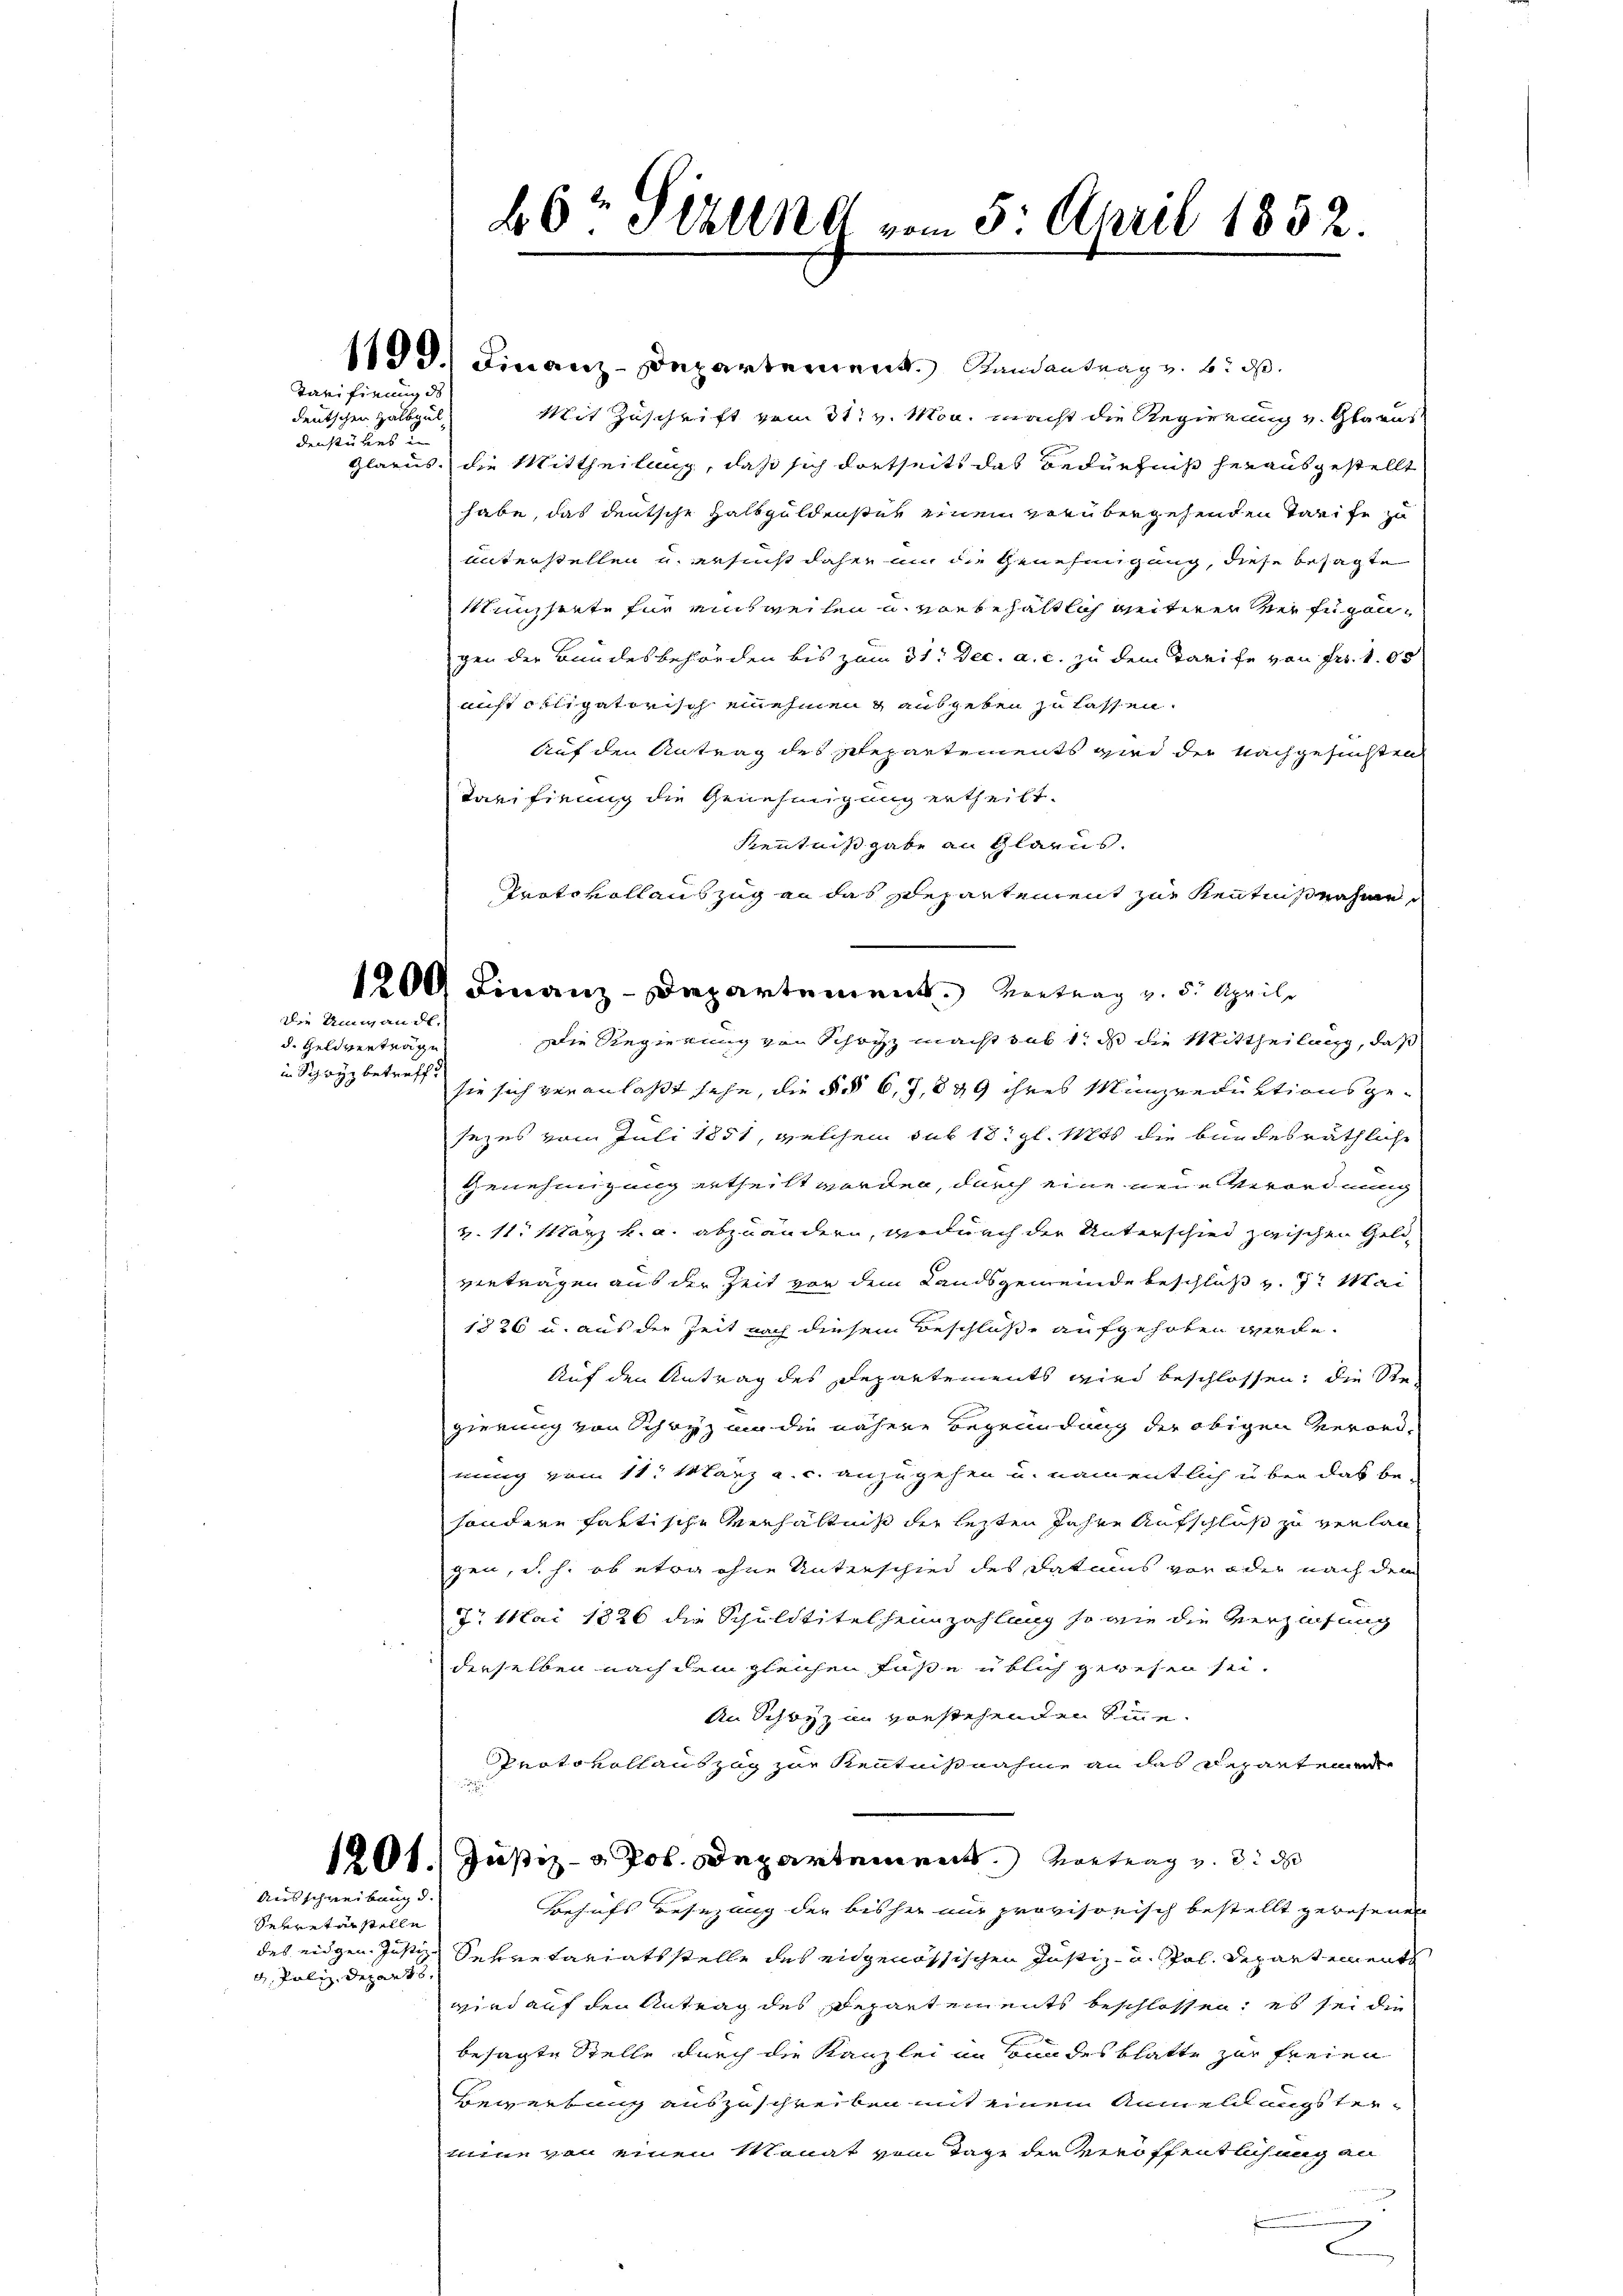
Tarifirung de

deutschen Halbgüldenstückes in
Glarus.

die Umwandt.

d. Geldvertrage
in Schwyz betreff

Ausschreibung d.

Sekreterstelle
des eidgen. Justiz
d. Poliz. Depart 6.

40r Sitzung vom 5. April 1852.

1100. Finanz-Departement. Randantrag v. 6. ds.
Mit Zuschrift vom 31. v. Mon. macht die Regierung v. Glarus
die Mittheilung, daß sich dortseits das Bedürfniß herausgestellt
habe, das deutsche Halbguldenster einen verübergehenden Tarife zu
unterstellen u. ersucht daher an die Genehmigung, diese besagte
Ministete für einsweilen u. vorbehältlich weiteren der zugegen der Bundesbehörden bis zum 31. Dec. a. c. zu dem Tarife von Fr. 103
aist obligatorisch einehmen & ausgeben zu lassen.
Auf den Antrag des Repartements wird der Nachgesuchten
Tarifirung die Genehmigung ertheilt.
Kenntnißgabe an Glarus.
Protokollauszug an das Departement zur Kenntnisnahme
Die Regierung von Schatz macht sub 1, daß die Mittheilung, daß
sie sich veranlaßt sehe, die § § 6, 7, 889 ihres Münzreduktionsgesezes vom Juli 1851, welchem sub 18. gl. Mts. die bundesräthliche
Genehmigung ertheilt worden, durch eine neue Verordnung
Z. 11. Stanz k. a. abzuändern, wiedurch der Unterschied zwischen Geldverträgen aus der Zeit von dem Landsgemeinde beschluß v. 7. Mai
1826 u. aus der Zeit nach diesem Beschlüße aufgehoben werde.
Auf den Antrag des Departements wird beschlossen; die Stegierung von Schwyz um die nähere Begründung der obigen Verordmung vom 11. März a. c. anzugehen u. namentlich über das besondere faktische Verhältnis der lezten Jahre Aufschluß zu verlan
gen, d. h. ob etwa ohne Unterschied des Datums vor oder nach dem
t. Mai 1826 die Schuldtitelheimzahlung so wie die Verzeihung
derselben nach dem gleichen Füße üblich gewesen sei.
An Schwyz im vorstehenden Sinne.
Protokollauszug zur Kenntnißnahme an das Departeme
1201. Justiz- & Pol. Departement. Vortrag v. 3. d
Behufs Besezung der bisher nur provisorisch bestellt gewesenen
Sekretariatsstelle des eidgenössischen Justiz- und spol. Departements
wird auf den Antrag des Depart ein ents beschlossen, es sei die
besagte Stelle durch die Kanzlei in Bundesblatte zur freien
Bemerkung auszuschreiben mit einem Anmeldungstermine von einen Monat vom Tage der veröffentlichung an
n

1200 Finanz-Departement. Vertrag v. 5. April